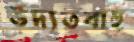
উদ্যতবাহু